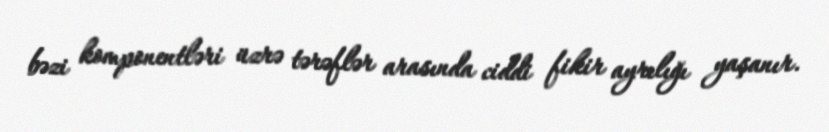
bəzi komponentləri üzrə tərəflər arasında ciddi fikir ayrılığı yaşanır.